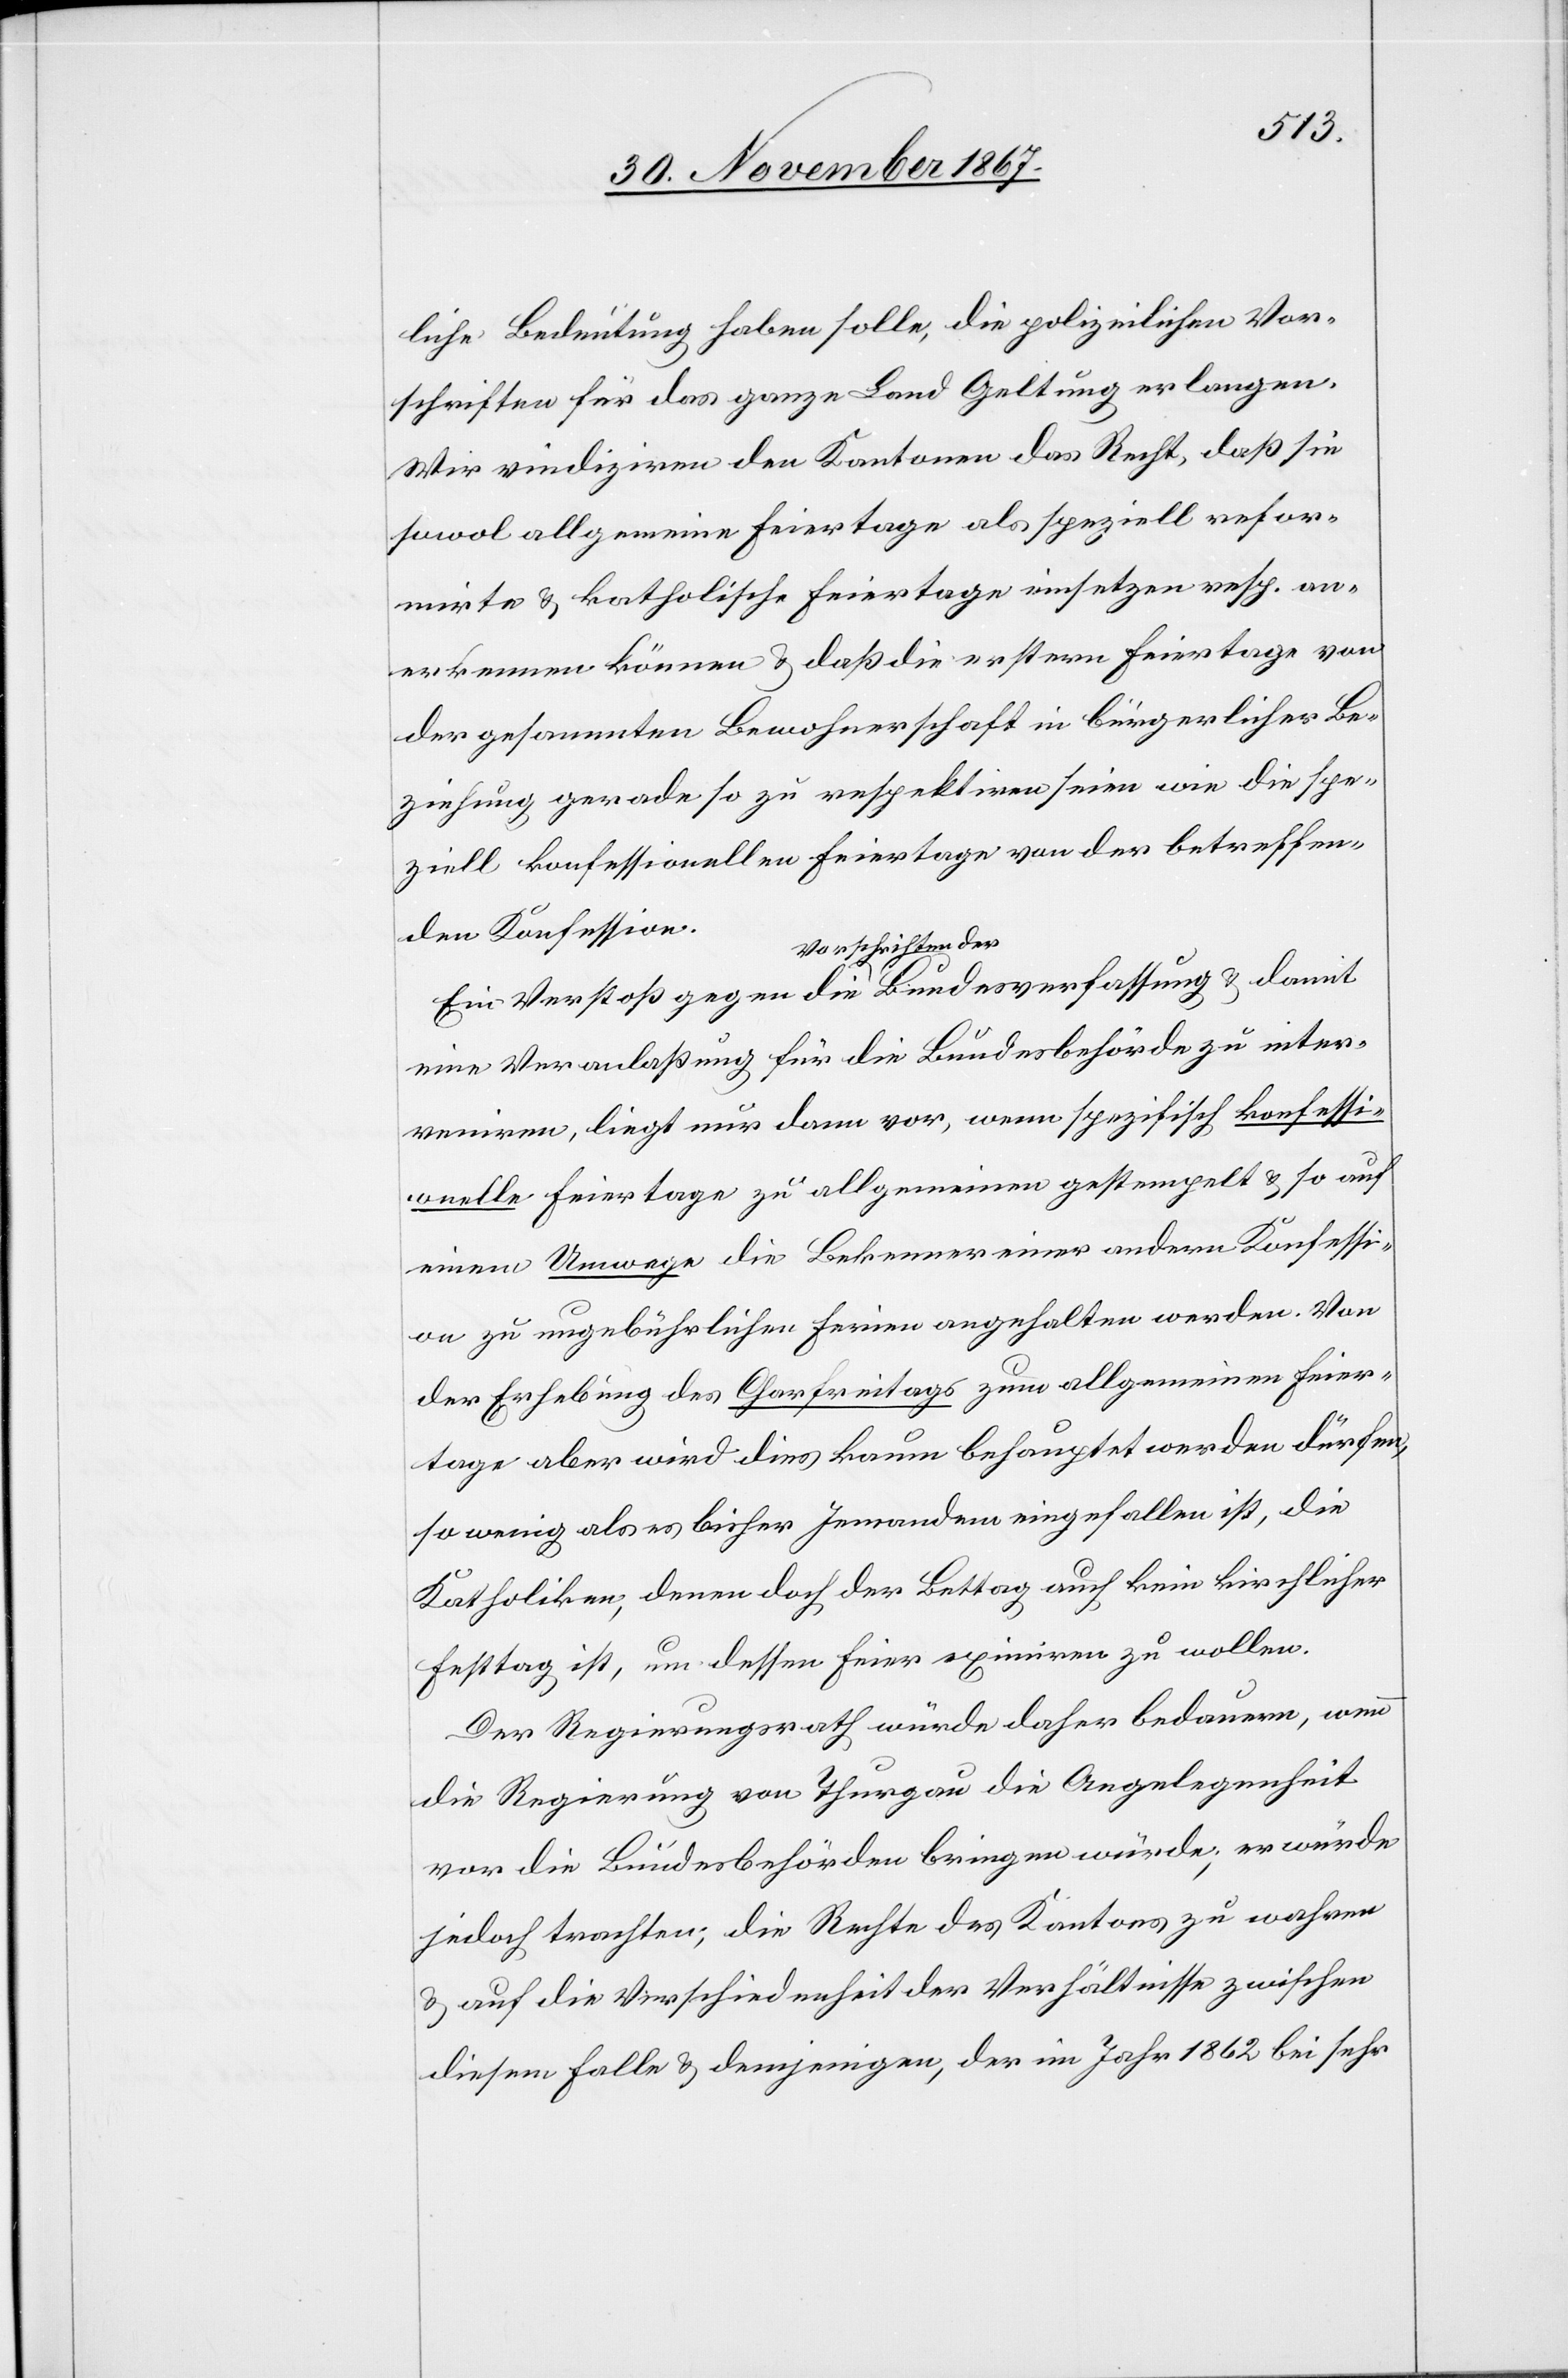
liche Bedeutung haben solle, die polizeilichen Vor¬
schriften für das ganze Land Geltung erlangen.
Wir vindiziren den Kantonen das Recht, daß sie
sowol allgemeine Feiertage als speziell refor¬
mirte u. katholische Feiertage einsetzen resp. an¬
erkennen können u. daß die erstern Feiertag von
der gesammten Bewohnerschaft in bürgerlicher Be¬
ziehung gerade so zu respektiren seien wie die spe¬
ziell konfessionellen Feiertage von der betreffen¬
den Konfession.
Ein Verstoß gegen die Vorschriften der Bundesverfassung u. damit
eine Veranlaßung für die Bundesbehörde zu inter¬
veniren, liegt nur dann vor, wenn spezifisch konfessi¬
onelle Feiertage zu allgemeinen gestempelt u. so auf
einem Umwege die Bekenner einer andern Konfessi¬
on zu ungebührlichen Feiern angehalten werden. Von
der Erhebung des Charfreitags zum allgemeinen Feier¬
tage aber wird dies kaum behauptet werden dürfen,
so wenig als es bisher Jemandem eingefallen ist, die
Katholiken, denen doch der Bettag auch kein kirchlicher
Festtag ist, um dessen Feier eximiren zu wollen.
Der Regierungsrath würde daher bedauern, wenn
die Regierung von Thurgau die Angelegenheit
vor die Bundesbehörden bringen würde; er würde
jedoch trachten, die Rechte des Kantons zu wahren
u. auf die Verschiedenheit der Verhältnisse zwischen
diesem Falle u. demjenigen, der im Jahr 1862 bei sehr